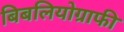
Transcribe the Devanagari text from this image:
बिबलियोग्राफी